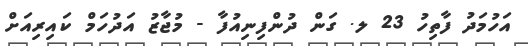
އަހުމަދު ފާތިހު 23 ލ. ގަން ދުންފިނިއުފާ - މުޖާޒު އަދުހަމް ކައިރިއަށް